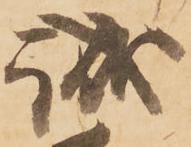
誠